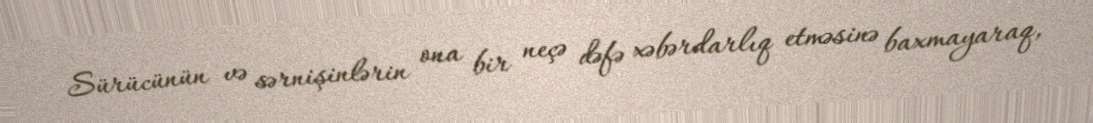
Sürücünün və sərnişinlərin ona bir neçə dəfə xəbərdarlıq etməsinə baxmayaraq,